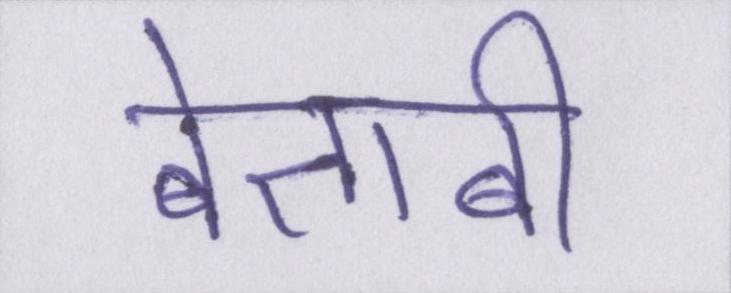
बेताबी